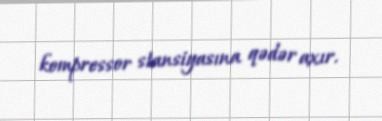
kompressor stansiyasına qədər axır.